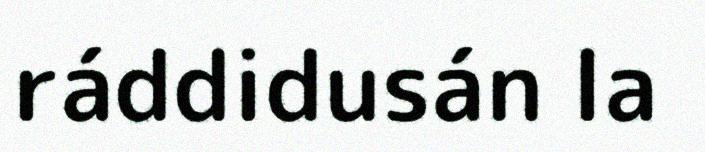
ráddidusán la